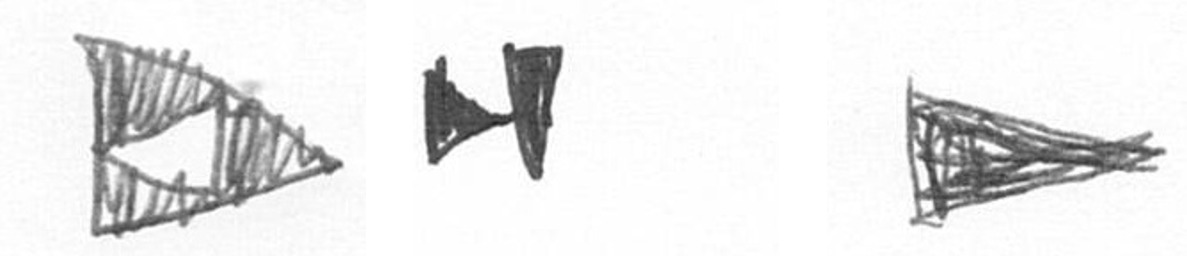
K M T